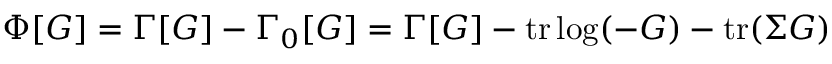
\Phi [ G ] = \Gamma [ G ] - \Gamma _ { 0 } [ G ] = \Gamma [ G ] - \mathrm { t r } \log ( - G ) - \mathrm { t r } ( \Sigma G )